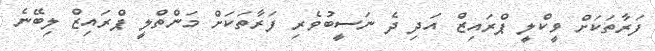
ފަރާތަކަށް ވީކްލީ ޕްރައިޒް އަދި ދެ ނަސީބުވެރި ފަރާތަކަށް މަންތްލީ ޕްރައިޒް ލިބޭނެ